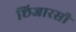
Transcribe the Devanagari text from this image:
छिजारसी